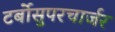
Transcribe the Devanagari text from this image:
टर्बोसुपरचार्जर